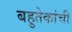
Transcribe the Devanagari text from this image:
बहुतेकांची